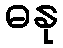
ဓနု